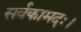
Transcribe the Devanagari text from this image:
सर्वकामदः।